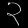
Digit: ၃